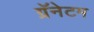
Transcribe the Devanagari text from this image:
ग्रॅनेटम